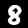
Digit: 8